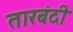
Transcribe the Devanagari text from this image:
तारबंदी